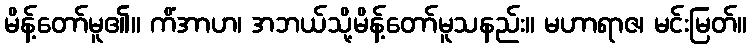
မိန့်တော်မူ၏။ ကိံအာဟ၊ အဘယ်သို့မိန့်တော်မူသနည်း။ မဟာရာဇ၊ မင်းမြတ်။